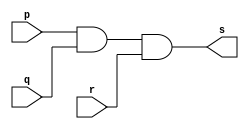
// ----------------------------------------
// Exercicio04 - AND
// Nome: Joo Henrique Mendes de Oliveira
//-----------------------------------------

//-----------------------------------------
//--and gate
//-----------------------------------------
module andgate(output s, input p,input q, input r);

 assign s = (p & q) & r; 
endmodule // andgate

//-----------------------------------------
//--test and gate
//-----------------------------------------
module testandgate;
//-----------------------------dados locais
 reg a, b, c; //definir registrador
 wire s;	//definir conexo (fio)
//--------------------------------instancia
 andgate AND1(s, a, b, c);
//-------------------------------preparacao
 initial begin: star
  a = 0; b = 0; c = 0;
 end
//--------------------------parte principal
 initial begin
	 $display("Exerccio 04 - Joo Henrique M. de Oliveira - 392734");
	 $display("Test AND gate");
	 $display("\n (a & b) & c s\n");
	 a = 0; b = 0; c = 0;
	#1 $display("(%b & %b)& %b = %b", a, b, c, s); 
	 a = 0; b = 0; c = 1;
	#1 $display("(%b & %b)& %b = %b", a, b, c, s);
	 a = 0; b = 1; c = 0;
	#1 $display("(%b & %b)& %b = %b", a, b, c, s);
	 a = 0; b = 1; c = 1;
	#1 $display("(%b & %b)& %b = %b", a, b, c, s);
	 a = 1; b = 0; c = 0;
	#1 $display("(%b & %b)& %b = %b", a, b, c, s);
	 a = 1; b = 0; c = 1;
	#1 $display("(%b & %b)& %b = %b", a, b, c, s);
	 a = 1; b = 1; c = 0;
	#1 $display("(%b & %b)& %b = %b", a, b, c, s);
	 a = 1; b = 1; c = 1;
	#1 $display("(%b & %b)& %b = %b", a, b, c, s);
 end 
	 
 endmodule // testandgate